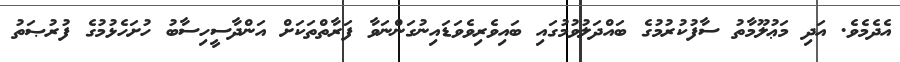
އެދެމެވެ. އަދި މަޢުލޫމާތު ސާފުކުރުމުގެ ބައްދަލުވުމުގައި ބައިވެރިވެވަޑައިނުގަންނަވާ ފަރާތްތަކަށް އަންދާސީހިސާބު ހުށަހެޅުމުގެ ފުރުޞަތު